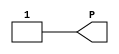
module VCC(output P);
  assign P = 1;
endmodule